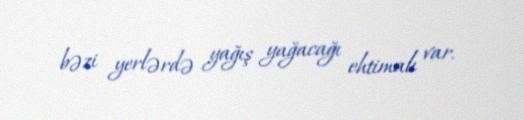
bəzi yerlərdə yağış yağacağı ehtimalı var.